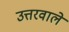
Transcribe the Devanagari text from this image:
उत्तरवाले